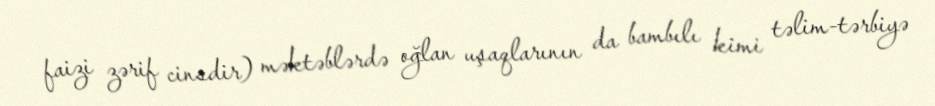
faizi zərif cinsdir) məktəblərdə oğlan uşaqlarının da bambılı kimi təlim-tərbiyə